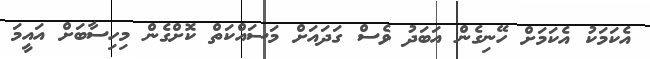
އެކަމަކު އެކަމަށް ހޭނިގެން އަބަދު ވެސް ގަދައަށް މަސައްކަތް ކޮށްގެން މިހިސާބަށް އައީމަ